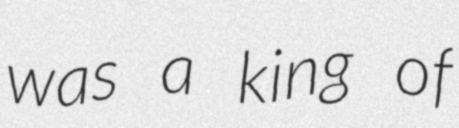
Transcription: was a king of